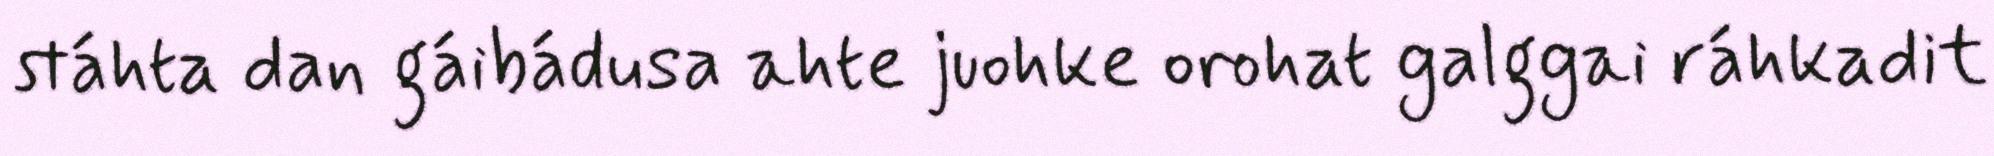
stáhta dan gáibádusa ahte juohke orohat galggai ráhkadit